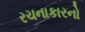
રચનાકારનો